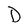
Character: D